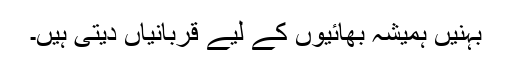
بہنیں ہمیشہ بھائیوں کے لیے قربانیاں دیتی ہیں۔